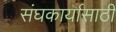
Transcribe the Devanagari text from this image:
संघकार्यासाठी